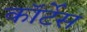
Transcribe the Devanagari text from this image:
कॉर्टेस